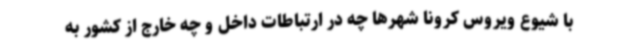
با شیوع ویروس کرونا شهرها چه در ارتباطات داخل و چه خارج از کشور به